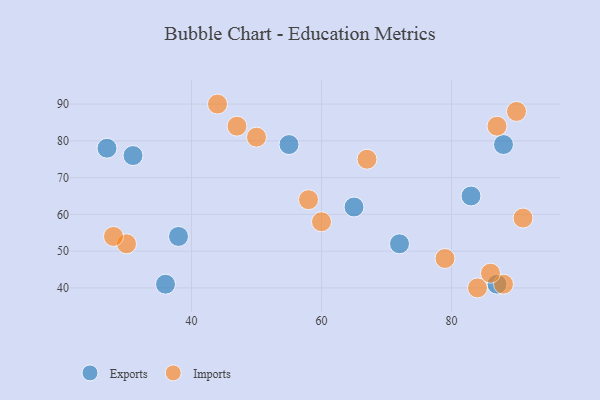
{"axis": {"x": "GDP", "y": "Life Expectancy"}, "legend": ["Exports", "Imports"], "data": [{"x": "55", "y": 79, "type": "Exports"}, {"x": "38", "y": 54, "type": "Exports"}, {"x": "83", "y": 65, "type": "Exports"}, {"x": "27", "y": 78, "type": "Exports"}, {"x": "31", "y": 76, "type": "Exports"}, {"x": "65", "y": 62, "type": "Exports"}, {"x": "88", "y": 79, "type": "Exports"}, {"x": "36", "y": 41, "type": "Exports"}, {"x": "87", "y": 41, "type": "Exports"}, {"x": "72", "y": 52, "type": "Exports"}, {"x": "50", "y": 81, "type": "Imports"}, {"x": "47", "y": 84, "type": "Imports"}, {"x": "30", "y": 52, "type": "Imports"}, {"x": "84", "y": 40, "type": "Imports"}, {"x": "88", "y": 41, "type": "Imports"}, {"x": "90", "y": 88, "type": "Imports"}, {"x": "28", "y": 54, "type": "Imports"}, {"x": "44", "y": 90, "type": "Imports"}, {"x": "87", "y": 84, "type": "Imports"}, {"x": "86", "y": 44, "type": "Imports"}, {"x": "60", "y": 58, "type": "Imports"}, {"x": "67", "y": 75, "type": "Imports"}, {"x": "79", "y": 48, "type": "Imports"}, {"x": "58", "y": 64, "type": "Imports"}, {"x": "91", "y": 59, "type": "Imports"}]}